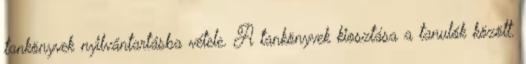
tankönyvek nyilvántartásba vétele. A tankönyvek kiosztása a tanulók között.